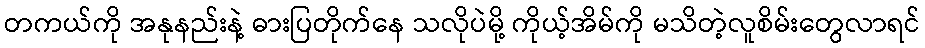
တကယ်ကို အနုနည်းနဲ့ ဓားပြတိုက်နေ သလိုပဲမို့ ကိုယ့်အိမ်ကို မသိတဲ့လူစိမ်းတွေလာရင်